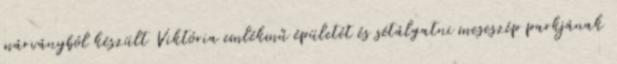
márványból készült Viktória emlékmű épületét és sétálgatni meseszép parkjának